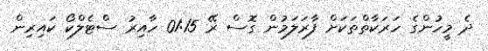
ދެ މީހުންގެ ހަރަކާތްތަކަށް ފާރަލަމުން ގޮސް ރޭ 01:15 ހާއިރު ސްޓެލްކޯ ކައިރިން